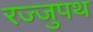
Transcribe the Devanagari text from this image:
रज्जुपथ